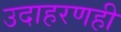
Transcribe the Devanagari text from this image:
उदाहरणही